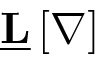
\underline { { \mathbf { L } } } \left[ \boldsymbol { \nabla } \right]